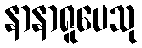
နာနာရူပေသု